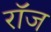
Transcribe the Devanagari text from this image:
रॉज